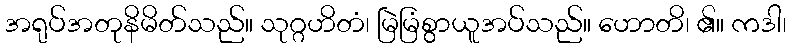
အရုပ်အတုနိမိတ်သည်။ သုဂ္ဂဟိတံ၊ မြဲမြံစွာယူအပ်သည်။ ဟောတိ၊ ၏။ ကဒါ၊